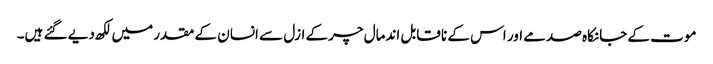
موت کے جانکاہ صدمے اور اس کے نا قابل اندمال چرکے ازل سے انسان کے مقدر میں لکھ دیے گئے ہیں۔